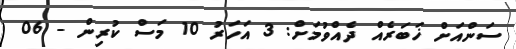
ސަންއަށް ޚަބަރެއް ދެއްވުމަށް: 3 އަހަރު 10 މަސް ކުރިން - 06